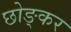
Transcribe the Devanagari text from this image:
छोङ्कर